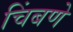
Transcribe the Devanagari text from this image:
चिंबणे